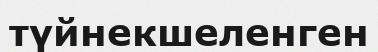
түйнекшеленген